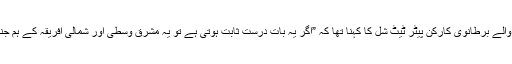
“ہم جنس پرستوں کے حقوق کے لیے کام کرنے والے برطانوی کارکن پیٹر ٹیٹ شل کا کہنا تھا کہ ”اگر یہ بات درست ثابت ہوتی ہے تو یہ مشرق وسطیٰ اور شمالی افریقہ کے ہم جنس پرستوں کے لیے بہت بڑی خوشخبری ہو گی۔